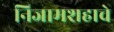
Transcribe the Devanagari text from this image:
निजामशहाचे